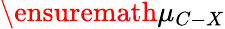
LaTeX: \ensuremath{\mu}_{C-X}